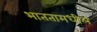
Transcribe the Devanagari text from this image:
भाततामधील